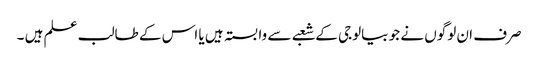
صرف ان لوگوں نے جو بیالوجی کے شعبے سے وابستہ ہیں یا اس کے طالب علم ہیں ۔